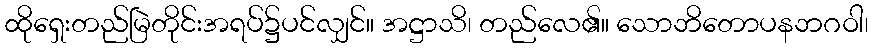
ထိုရှေးတည်မြဲတိုင်းအရပ်၌ပင်လျှင်။ အဋ္ဌာသိ၊ တည်လေ၏။ သောဘိတောပနဘဂဝါ၊